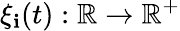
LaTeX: \xi_{\mathbf{i}}(t):\mathbb{{R}}\to\mathbb{{R}}^{+}